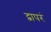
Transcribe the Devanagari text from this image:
द्वापरं